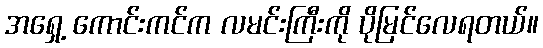
အရှေ့ ကောင်းကင်က လမင်းကြီးကို ပိုမြင်လေရတယ်။